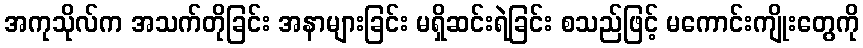
အကုသိုလ်က အသက်တိုခြင်း အနာများခြင်း မရှိဆင်းရဲခြင်း စသည်ဖြင့် မကောင်းကျိုးတွေကို